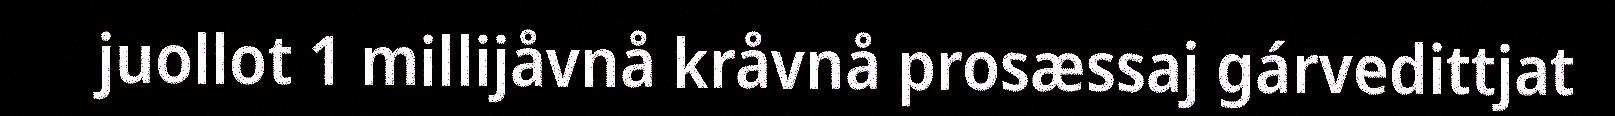
juollot 1 millijåvnå kråvnå prosæssaj gárvedittjat